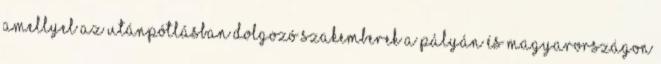
amellyel az utánpótlásban dolgozó szakemberek a pályán és Magyarországon